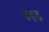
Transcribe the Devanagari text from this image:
वहड़